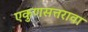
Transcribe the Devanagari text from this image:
एकुणसत्तरावा